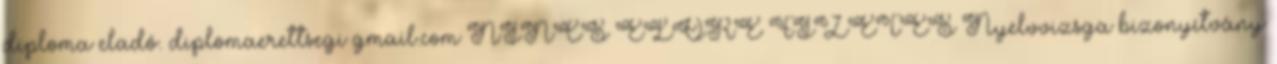
diploma eladó. diplomaerettsegi gmail.com NINCS ELŐRE FIZETÉS Nyelvvizsga bizonyítvány